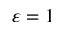
\varepsilon = 1